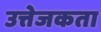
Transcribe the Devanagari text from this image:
उत्तेजकता